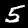
Digit: 5